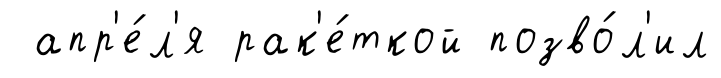
апр'е́л'я рак'е́ткой позво́л'ил